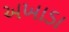
અખાડા